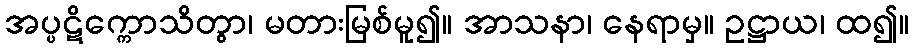
အပ္ပဋိက္ကောသိတွာ၊ မတားမြစ်မူ၍။ အာသနာ၊ နေရာမှ။ ဥဋ္ဌာယ၊ ထ၍။